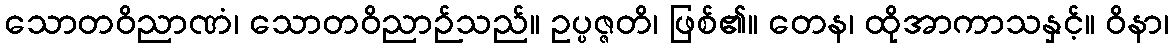
သောတဝိညာဏံ၊ သောတဝိညာဉ်သည်။ ဥပ္ပဇ္ဇတိ၊ ဖြစ်၏။ တေန၊ ထိုအာကာသနှင့်။ ဝိနာ၊